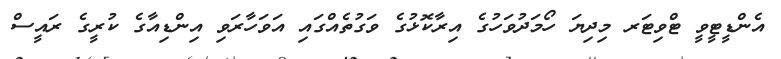
އެންޑީޓީވީ ޓްވިޓަރ މިދިޔަ ހޯމަދުވަހުގެ އިރާކޮޅުގެ ވަގުތެއްގައި އަވަހާރަވި އިންޑިއާގެ ކުރީގެ ރައީސް